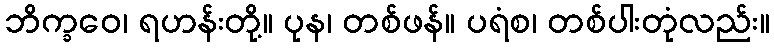
ဘိက္ခဝေ၊ ရဟန်းတို့။ ပုန၊ တစ်ဖန်။ ပရံစ၊ တစ်ပါးတုံလည်း။